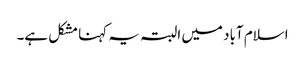
اسلام آباد میں البتہ یہ کہنا مشکل ہے۔